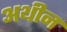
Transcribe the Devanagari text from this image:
अथीन